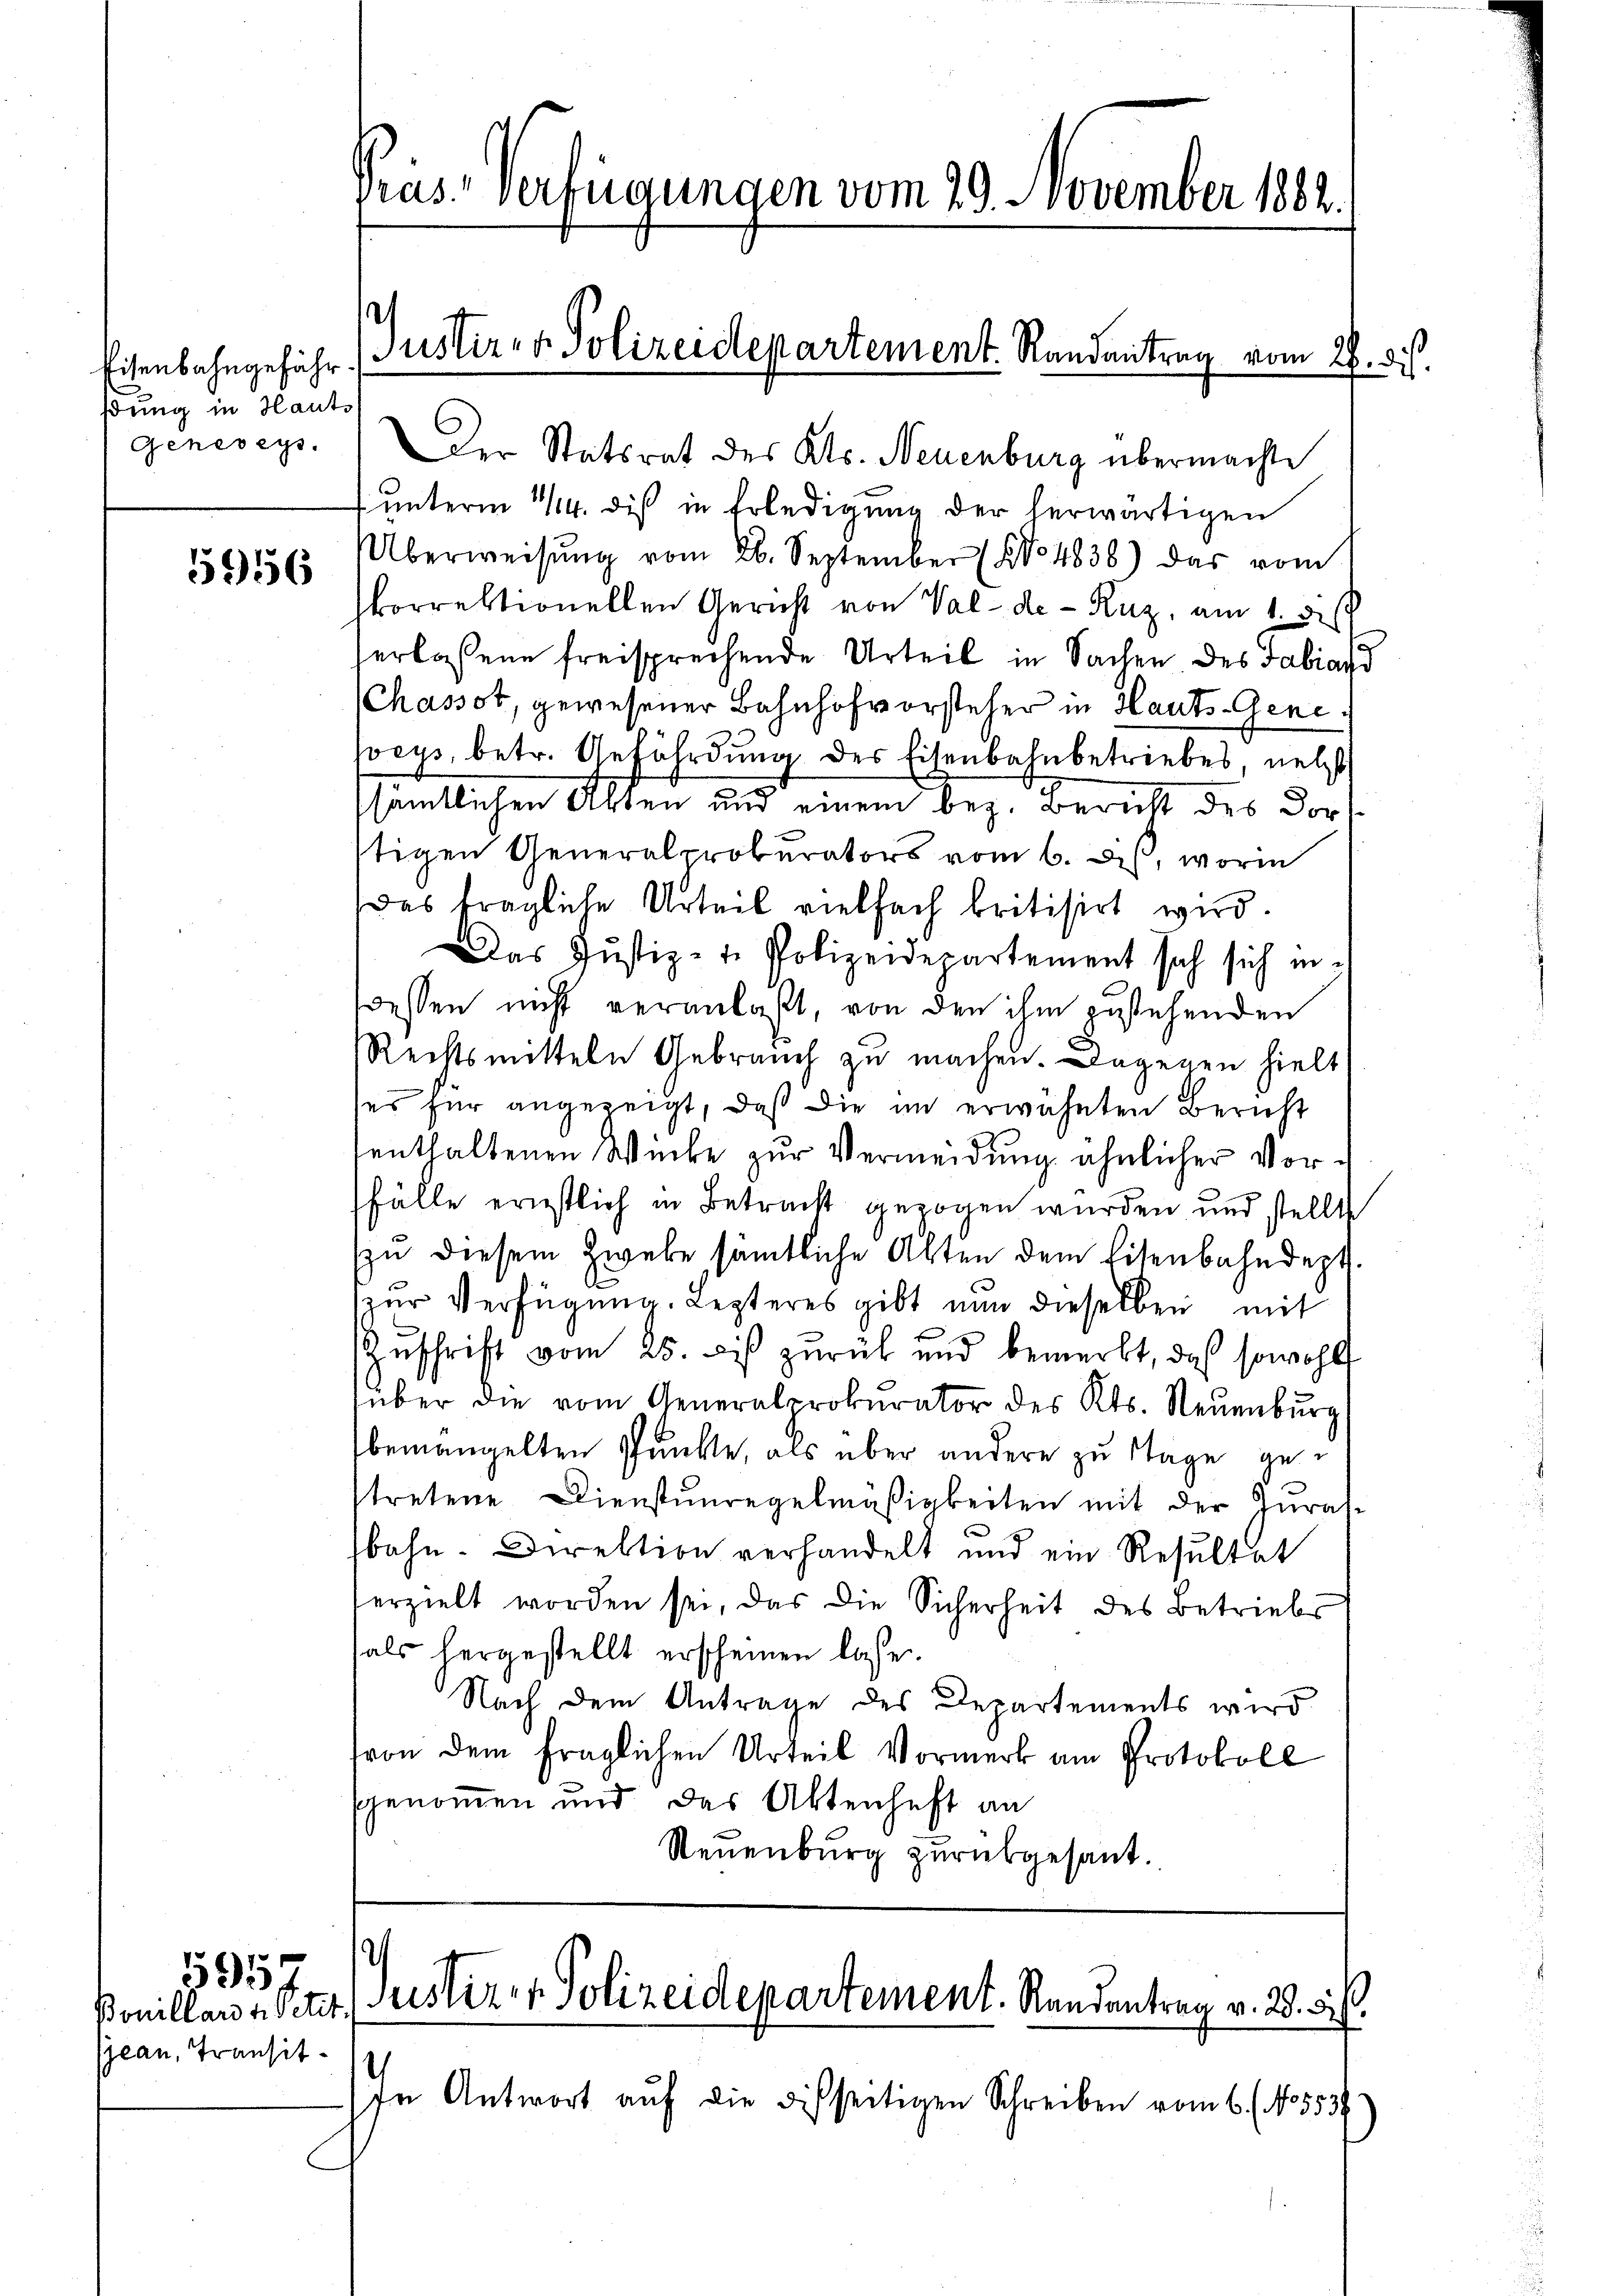
Eisenbahngefährßung in Hauts
Genereys.

5956

Bouillars betit.
jean, Transit 12

5957

rus. Verfügungen vom 29. November 1882.

Der Statsrat des Kts. Neuenburg übermachte
unterm 1/4. dis in Erledigung der herwärtigen
Überweisŭng vom 26. September (No 4838) das vom
korrektionellen Gericht von Val-de-Ruz, am 1. bis
erlassene freisprechende Urteil in Sachen des Fabiand
Chassot, gewesener Bahnhofvorsteher in Hauts-Geneocys, betr. Gefährdung des Eisenbahnbetriebes, nebst
sämtlichen Akten und einem bez. Bericht des Dorf
tigen Generalprokurators vom 6. des, worin
Das trägliche Urteil vielfach britisirt wird.
Das Justiz- u. Polizeidepartement sich sich in-
scessen nicht veranlaßt, von den ihm zustehenden
Rechtsmitteln Gebrauch zu machen. Dagenen hielt
es für angezeigt, daß die im erwähnten Bericht
enthaltenen Winke zur Vermeidung ähnlicher Vorfälle ernstlich in Betracht gezogen wurden und stellt
zu diesem Zwebe sämtliche Alten dem Eisenbahndept.
zur Verfügung. Lezteres gibt nun dieselben mit
Zŭschrift vom 25. bis zŭrück und bemerkt, daß sowohlt
über die vom Generalprokurator des Kts. Neuenburg
bemangelten Punkte, als über andere zu Tage getretene Dienstŭnregelmäßigkeiten mit der Zŭras-
bahn. Direktion verhandelt und ein Resultat
erzielt worden sei, das die Sicherheit des Betriebs
als hergestellt erscheinen lasse.
Nach dem Antrage des Departements wird
von dem fraglichen Urteil Vormerk am Protokoll
genommen und das Aktenhaft an
Neuenburg zurükgesant.

Justiz- & Polizeidepartement. Randantrag vom 26. ds.

Justiz- & Polizeidepartement. Randantrag v. 28. 56.

In Antwort auf die disseitigen Schreiben vom 6. (No5539